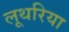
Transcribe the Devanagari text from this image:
लूथरिया